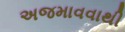
અજમાવવાથી